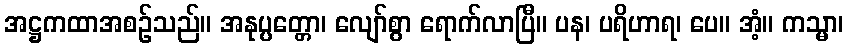
အဋ္ဌကထာအစဉ်သည်။ အနုပ္ပတ္တော၊ လျော်စွာ ရောက်လာပြီ။ ပန၊ ပရိဟာရ၊ ပေ။ အံ့။ ကသ္မာ၊